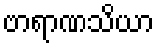
ဗာရာဏသိယာ